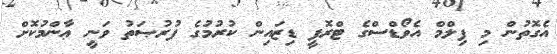
އެގޮތުން މި ފިލްމް އެވޯޑްސްގެ ޓްރޮފީ ޑިޒައިން ކުރުމުގެ ފުރުޞަތު ވަނީ ޢާންމުކޮށް